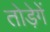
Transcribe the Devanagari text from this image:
तोड़ेगें